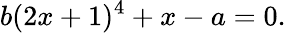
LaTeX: b(2x+1)^{4}+x-a=0.